Report on vaccination in Madras 1904-1921 - 1904-1921
Year: 1904
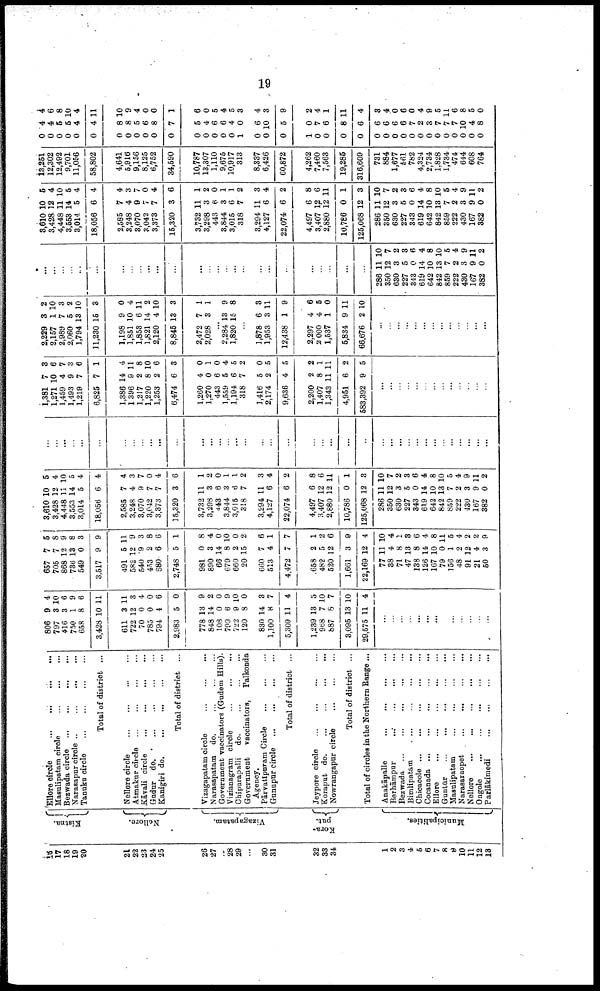
19
16
17
18
19
20
21
22
23
24
25
26
27
...
28
29
...
30
31
32
33
34
1
2
3
4
5
6
7
8
9
10
11
12
13
Kistna.
Nellore.
Vizagapatam.
Kora¬
put.
Municipalities.
Ellore circle
...
...
...
...
Masulipatam circle
...
...
...
Bezwada circle
...
...
...
...
Narasapur circle
...
...
...
...
Tanuku circle
...
...
...
...
Total of district ...
Nellore
circle...
...
...
...
Atmakur circle
...
...
...
...
Kāvali circle
...
...
...
...
Gudur do.
...
...
...
...
Kanigiri d
o
. ... ... ... ...
Total of district ...
Vizagapatam circle
...
...
...
Narasapatam do.
...
...
...
Government vaccinators (Gudem Hills).
Vizianagram circle
...
...
...
Chipurapalli
do.
...
...
...
Government vaccinators,
Palkonda
Agency.
Pārvatīpuram Circle
... ... ...
Gunupur circle
...
...
...
...
Total of district ...
Jeypore circle
...
...
...
...
Koraput do.
...
...
...
...
Nowrangapur circle
...
...
...
Total of district ...
Total of circles in the Northern Range ...
Anakāpalle
...
...
... ...
Berhāmpur
...
...
...
...
Bezwada
...
...
...
...
...
Bimlipatam
...
...
...
...
Chicacole
...
...
...
...
...
Cocanada ...
...
...
...
...
Ellore
...
...
...
...
...
Guntūr
...
...
...
...
...
Masulipatam
...
...
...
...
Narasaraopet
...
...
...
...
Nellore
...
...
...
...
...
Ongole
...
...
...
...
...
Parlākimedi
...
...
...
...
806
797
416
750
658
3,428
611
722
70
785
794
2,983
778
848
108
799
722
120
830
1,100
5,309
1,239
968
887
3,095
29,575
9
3
3
1
8
10
3
12
0
0
4
5
13
14
0
6
9
8
14
8
11
13
7
8
13
11
4
10
6
9
6
11
11
3
4
0
6
0
9
2
0
9
10
0
3
7
4
5
10
7
10
4
...
...
...
...
...
...
...
...
...
...
...
...
...
657
705
868
736
549
3,517
491
582
540
453
680
2,748
981
890
66
679
660
20
660
513
4,472
658
482
520
1,661
22,169
77
38
71
47
138
126
167
79
156
48
91
21
50
7
7
12
13
0
9
5
12
9
2
6
5
0
3
14
8
2
15
7
4
7
2
5
12
3
12
11
4
8
13
8
14
10
0
1
2
12
4
3
5
8
9
8
3
9
11
9
3
8
6
1
8
4
0
10
0
2
6
1
7
1
2
6
9
4
10
4
1
3
6
4
8
11
5
4
2
2
9
3,610
3,428
4,448
3,553
3,014
18,056
2,585
3,248
3,070
3,042
3,373
15,320
3,732
3,298
443
3,844
3,015
318
3,294
4,127
22,074
4,497
3,407
2,880
10,786
125,068
286
350
630
227
343
619
642
842
859
222
430
167
382
10
12
11
14
5
6
7
4
9
7
7
3
11
3
6
3
6
7
11
6
6
6
12
12
0
12
11
12
3
5
0
14
10
13
7
2
3
9
0
5
4
10
5
4
4
4
3
7
0
4
6
1
2
0
1
1
2
3
4
2
8
6
11
1
3
10
7
2
3
6
4
8
10
5
4
9
11
2
...
...
...
...
...
...
...
...
...
...
...
...
...
...
...
...
...
...
...
...
...
...
...
...
...
...
...
...
...
...
...
...
...
...
...
...
...
...
...
1,381
1,271
1,459
1,493
1,219
6,825
1,386
1,396
1,217
1,220
1,253
6,474
1,260
1,270
443
1,559
1,194
318
1,416
2,174
9,636
2,200
1,407
1,343
4,951
583,392
7
10
4
9
7
7
14
9
2
8
2
6
4
0
6
5
6
7
5
2
4
2
8
11
6
9
3
6
7
3
6
1
4
11
8
10
6
3
0
1
0
4
5
2
0
5
5
2
1
11
2
5
...
...
...
...
...
...
...
...
...
...
...
...
...
2,229
2,157
2,989
2,060
1,794
11,230
1,198
1,851
1,853
1,821
2,120
8,845
2,472
2,028
3
1
7
5
13
15
9
10
6
14
4
13
7
3
2
10
3
2
10
3
0
4
11
2
10
3
1
1
...
2,284
1,820
13
15
9
8
...
1,878
1,953
12,438
2,297
2 000
1,537
5,834
66,676
6
3
1
4
4
1
9
2
3
11
9
6
5
0
11
10
...
...
...
...
...
...
...
...
...
...
...
...
...
...
...
...
...
...
...
...
...
...
...
...
...
...
...
...
...
...
...
...
...
...
...
...
...
...
...
286
350
630
227
343
619
642
842
859
222
430
167
382
11
12
3
5
0
14
10
13
7
2
3
9
0
10
7
2
3
6
4
8
10
5
4
9
11
2
3,610
3,428
4,448
3,553
3,014
18,056
2,585
3,248
3,070
3,042
3,373
15,320
3,732
3,298
443
3,844
3,015
318
3,294
4,127
22,074
4,497
3,407
2,880
10,786
125,068
286
350
630
227
343
619
642
842
859
222
430
167
382
10
12
11
14
5
6
7
4
9
7
7
3
11
3
6
3
6
7
11
6
6
6
12
12
0
12
11
12
3
5
0
14
10
13
7
2
3
9
0
5
4
10
5
4
4
4
3
7
0
4
6
1
2
0
1
1
2
3
4
2
8
6
11
1
3
10
7
2
3
6
4
8
10
5
4
9
11
2
13,251
12,302
12,492
9,701
11,056
58,802
4,641
5,916
9,156
8,125
6,752
34,590
10,787
13,307
1,110
9,675
10,917
313
8,337
6,426
60,872
4,262
7,460
7,563
19,285
316,609
731
884
1,677
561
782
4,324
2,734
1,828
1,734
474
644
608
764
0
0
0
0
0
0
0
0
0
0
0
0
0
0
0
0
0
1
0
0
0
1
0
0
0
0
0
0
0
0
0
0
0
0
0
0
0
0
0
4
4
5
5
4
4
8
8
5
6
8
7
5
4
6
6
4
0
6
10
5
0
7
6
8
6
6
6
6
6
7
2
3
7
7
7
10
4
8
4
6
8
10
4
11
10
9
4
0
0
1
6
0
5
4
5
3
4
3
9
2
4
1
11
4
3
4
0
6
0
4
9
5
11
6
8
5
0